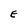
Character: E